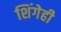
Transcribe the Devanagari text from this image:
शिंगेही